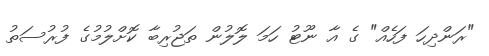
"ރަންދިހަ ފަހެއް" ގެ އާ ނޫޓު ހަމަ ލޮލުން ތަޖުރިބާ ކޮށްލުމުގެ ފުރުސަތު